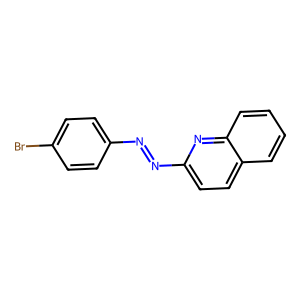
SMILES: Brc1ccc(N=Nc2ccc3ccccc3n2)cc1
Inhibits HIV replication: No